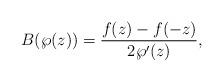
LaTeX: \begin{gather*}B(\wp(z))=\frac{f(z)-f(-z)}{2 \wp'(z)},\end{gather*}